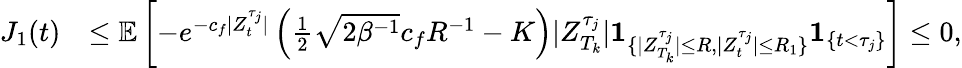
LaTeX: \begin{array}{rl}{J_{1}(t)}&{\leq\mathbb{E}\left[-e^{-c_{f}|Z_{t}^{\tau_{j}}|}\left(\frac{1}{2}\sqrt{2\beta^{-1}}c_{f}R^{-1}-K\right)|Z_{T_{k}}^{\tau_{j}}|\textbf{1}_{\{ |Z_{T_{k}}^{\tau_{j}}|\leq R,|Z_{t}^{\tau_{j}}|\leq R_{1}\} }\textbf{1}_{\{ t<\tau_{j}\} }\right]\le 0,}\end{array}